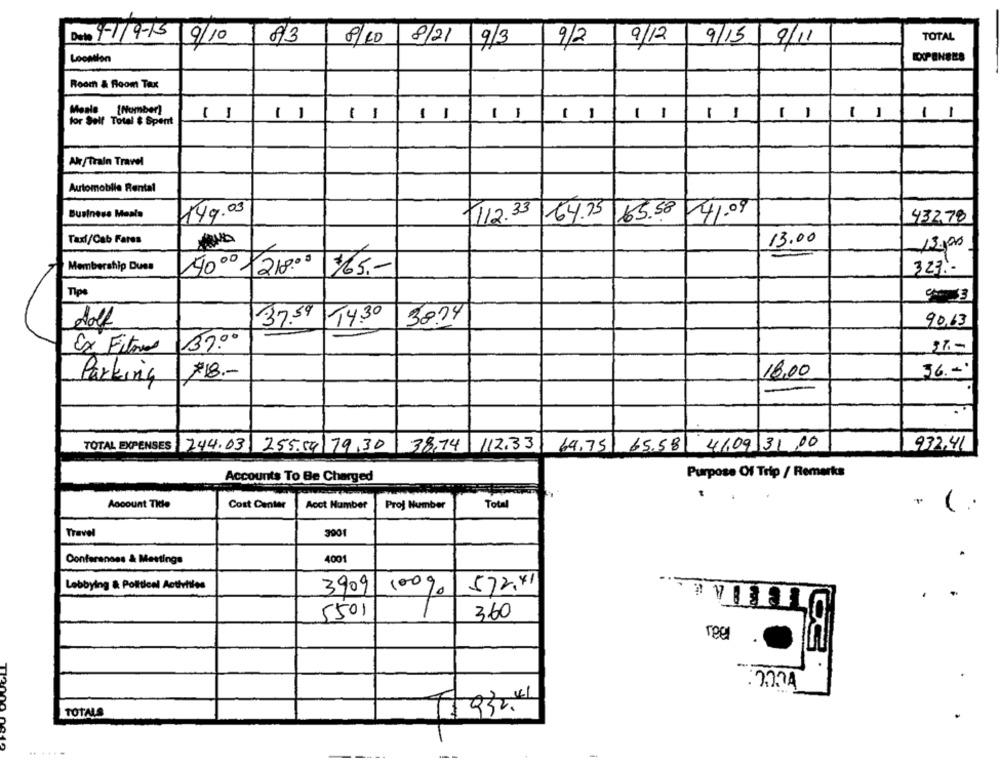
Deto 9-1/9-15
/9/10
1
83
9/12
9/15
9/11
TOTAL
8/10 8/21 9/3
9/2
Location
Room & Room Tax
Moale [Number)
-
-
-
-
-
-
-
-
11
for Self Total & Spent
-
Ak /Train Travel
Automobile Rental
Business Meals
149.03
112.33
165.58 41.09
1-64.75
432,78
Taxi/Cab Fares
13.00
13,00
Membership Duss
323. -
4000 -218.00
$65 ,-
Tips
37.59
14.30
3874
90.63
37.00
Ex Fitno
#18 .-
18,00
36 .-.
Parking
TOTAL EXPENSES 244.03 255.54 79,30
38,74 112.33
69.75
65.58 41,09 31,00
932,41
Purpose Of Trip / Remarks
Accounts To Be Charged
Account Tile
Cost Center
Acct Number
Proj Number
Total
Travel
3001
4001
Conferences & Meetings
Lobbying & Political Activities
3909
572,41
100%
.
5501
360
reel
: 32.74
TOTALS